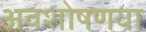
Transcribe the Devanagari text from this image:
अवशोषणया